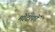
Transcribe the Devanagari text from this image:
मोंटाफों